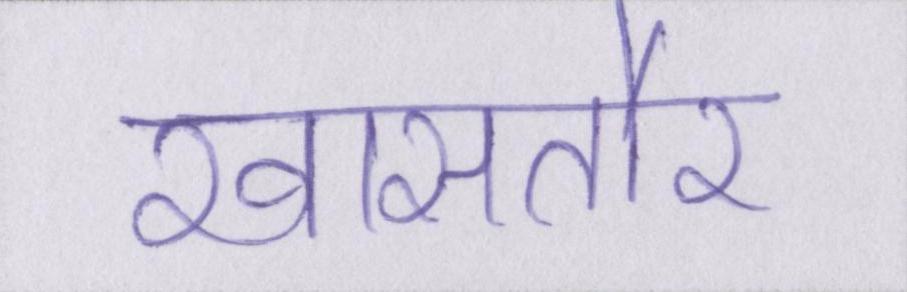
खासतौर